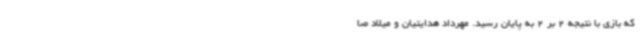
که بازی با نتیجه 2 بر 2 به پایان رسید. مهرداد هدایتیان و میلاد صا